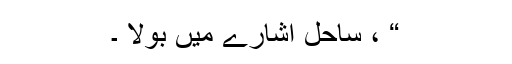
“ ، ساحل اشارے میں بولا ۔